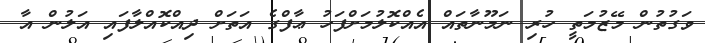
ވަގުތުން މޭޒުމަތީ ހުރި ނަމޫނާތައް އެއްކޮލުމަށްފަހު ޢާފްގެ އަތަށް ދިއްކޮއްލާފައި އަލުން އާ